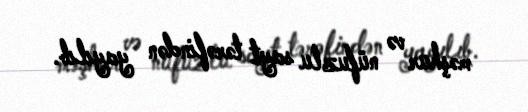
məşhur və nüfuzlu sayt tərəfindən yayılıb.